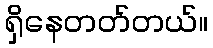
ရှိနေတတ်တယ်။